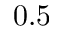
0 . 5